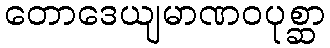
တောဒေယျမာဏဝပုစ္ဆာ